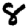
Digit: 8